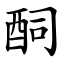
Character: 䣳